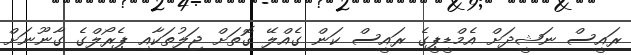
ރައީސް ނަޝީދަށް އެމްޑީޕީގެ ރައީސް ކަން ގެއްލޭ ގޮތަށް ޖަލުތަކާއި ޕެރޯލްގެ ގާނޫނަށް